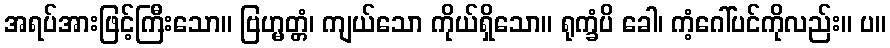
အရပ်အားဖြင့်ကြီးသော။ ဗြဟ္မတ္တံ၊ ကျယ်သော ကိုယ်ရှိသော။ ရုက္ခံပိ ခေါ၊ ကံ့ဂေါ်ပင်ကိုလည်း။ ပ။